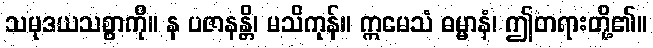
သမုဒယသစ္စာကို။ န ပဇာနန္တိ၊ မသိကုန်။ ဣမေသံ ဓမ္မာနံ၊ ဤတရားတို့၏။